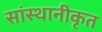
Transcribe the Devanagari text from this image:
सांस्थानीकृत